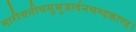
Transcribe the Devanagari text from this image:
मारीचनीचसुभुजार्दनचण्डकाण्ड।